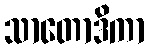
သာတောဒိကာ